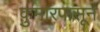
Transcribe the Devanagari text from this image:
कुमारपासून